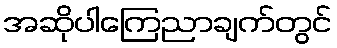
အဆိုပါကြေညာချက်တွင်